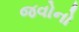
જવોનો